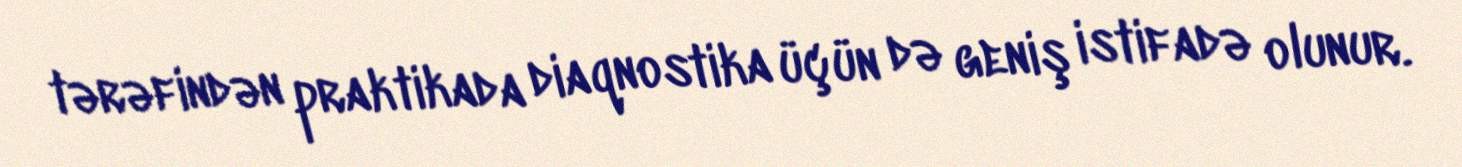
tərəfindən praktikada diaqnostika üçün də geniş istifadə olunur.